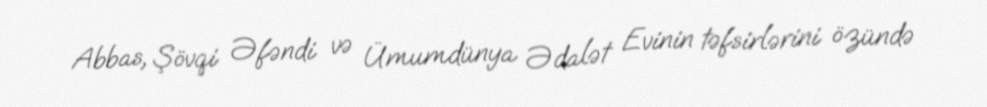
Abbas, Şövqi Əfəndi və Ümumdünya Ədalət Evinin təfsirlərini özündə